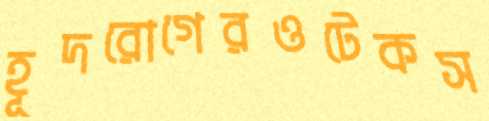
হূদরোগেরওটেকস